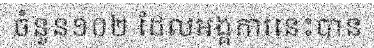
ចំនួន១០២ ដែលអង្គការនេះបាន